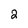
Character: 2